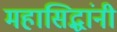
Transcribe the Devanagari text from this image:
महासिद्धांनी